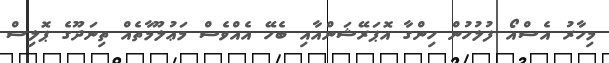
މިހާރު އެސްއޯ ފުލުހުން ހިންގާ އޮޕަރޭޝަންއާއި ބެހޭ އެއްވެސް މަޢުލޫމާތެއް ތިނަދޫގެ ޕޮލިސް